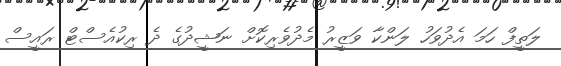
ލަތީފް ހަމަ އެދުވަހު ލަންކާ ވަޒީރު މެދުވެރިކޮށް ނަޝީދުގެ ދެ ރިކުއެސްޓް ރައީސް